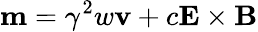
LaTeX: \mathbf{m}=\gamma^{2}w\mathbf{v}+c\mathbf{E}\times\mathbf{B}